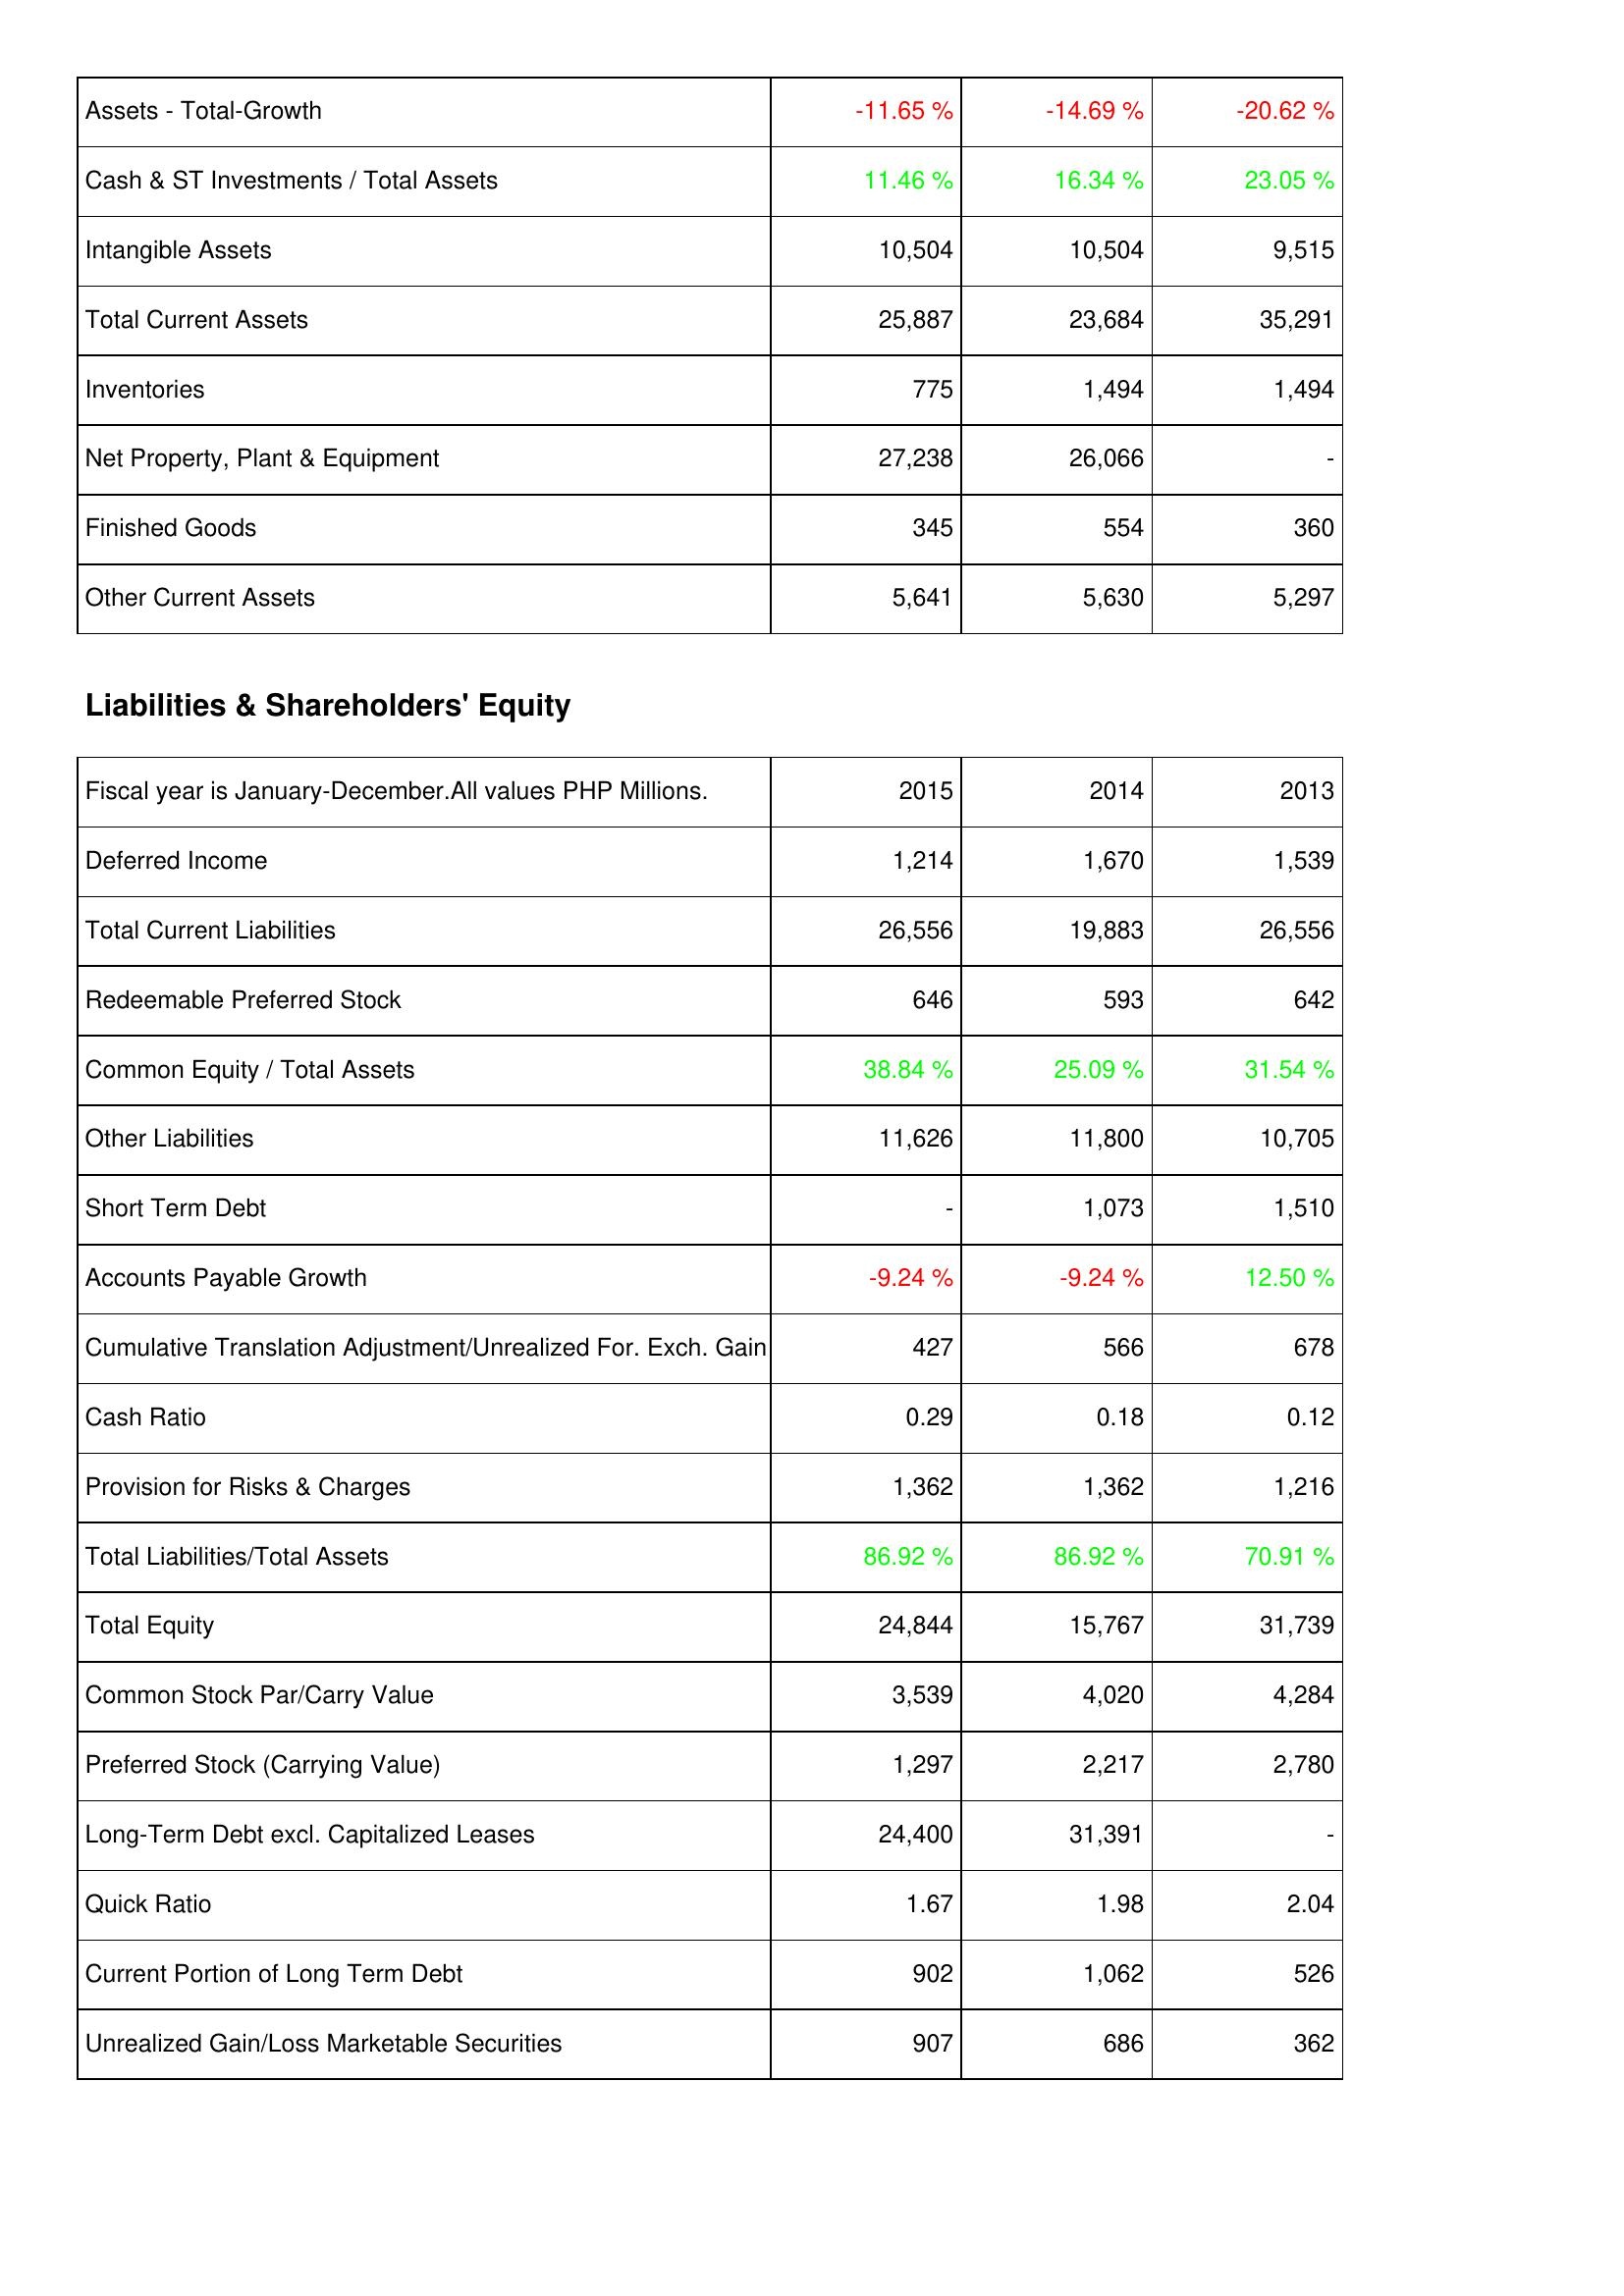
2015: Assets: Assets - Total-Growth: -11.65 %
Cash & ST Investments / Total Assets: 11.46 %
Intangible Assets: 10,504
Total Current Assets: 25,887
Inventories: 775
Net Property, Plant & Equipment: 27,238
Finished Goods: 345
Other Current Assets: 5,641
Liabilities & Shareholders' Equity: Deferred Income: 1,214
Total Current Liabilities: 26,556
Redeemable Preferred Stock: 646
Common Equity / Total Assets: 38.84 %
Other Liabilities: 11,626
Short Term Debt: -
Accounts Payable Growth: -9.24 %
Cumulative Translation Adjustment/Unrealized For. Exch. Gain: 427
Cash Ratio: 0.29
Provision for Risks & Charges: 1,362
Total Liabilities/Total Assets: 86.92 %
Total Equity: 24,844
Common Stock Par/Carry Value: 3,539
Preferred Stock (Carrying Value): 1,297
Long-Term Debt excl. Capitalized Leases: 24,400
Quick Ratio: 1.67
Current Portion of Long Term Debt: 902
Unrealized Gain/Loss Marketable Securities: 907
2014: Assets: Assets - Total-Growth: -14.69 %
Cash & ST Investments / Total Assets: 16.34 %
Intangible Assets: 10,504
Total Current Assets: 23,684
Inventories: 1,494
Net Property, Plant & Equipment: 26,066
Finished Goods: 554
Other Current Assets: 5,630
Liabilities & Shareholders' Equity: Deferred Income: 1,670
Total Current Liabilities: 19,883
Redeemable Preferred Stock: 593
Common Equity / Total Assets: 25.09 %
Other Liabilities: 11,800
Short Term Debt: 1,073
Accounts Payable Growth: -9.24 %
Cumulative Translation Adjustment/Unrealized For. Exch. Gain: 566
Cash Ratio: 0.18
Provision for Risks & Charges: 1,362
Total Liabilities/Total Assets: 86.92 %
Total Equity: 15,767
Common Stock Par/Carry Value: 4,020
Preferred Stock (Carrying Value): 2,217
Long-Term Debt excl. Capitalized Leases: 31,391
Quick Ratio: 1.98
Current Portion of Long Term Debt: 1,062
Unrealized Gain/Loss Marketable Securities: 686
2013: Assets: Assets - Total-Growth: -20.62 %
Cash & ST Investments / Total Assets: 23.05 %
Intangible Assets: 9,515
Total Current Assets: 35,291
Inventories: 1,494
Net Property, Plant & Equipment: -
Finished Goods: 360
Other Current Assets: 5,297
Liabilities & Shareholders' Equity: Deferred Income: 1,539
Total Current Liabilities: 26,556
Redeemable Preferred Stock: 642
Common Equity / Total Assets: 31.54 %
Other Liabilities: 10,705
Short Term Debt: 1,510
Accounts Payable Growth: 12.50 %
Cumulative Translation Adjustment/Unrealized For. Exch. Gain: 678
Cash Ratio: 0.12
Provision for Risks & Charges: 1,216
Total Liabilities/Total Assets: 70.91 %
Total Equity: 31,739
Common Stock Par/Carry Value: 4,284
Preferred Stock (Carrying Value): 2,780
Long-Term Debt excl. Capitalized Leases: -
Quick Ratio: 2.04
Current Portion of Long Term Debt: 526
Unrealized Gain/Loss Marketable Securities: 362